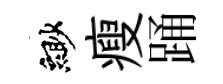
緲瘦踊